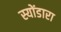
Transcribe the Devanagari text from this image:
स्योंडारा